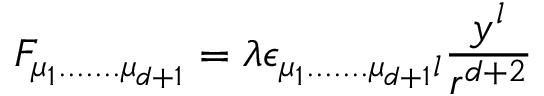
F _ { \mu _ { 1 } . . . . . . . \mu _ { d + 1 } } = \lambda \epsilon _ { \mu _ { 1 } . . . . . . . \mu _ { d + 1 } l } \frac { y ^ { l } } { r ^ { d + 2 } }